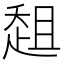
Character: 𰷳